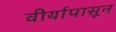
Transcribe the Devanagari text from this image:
वीर्यापासून